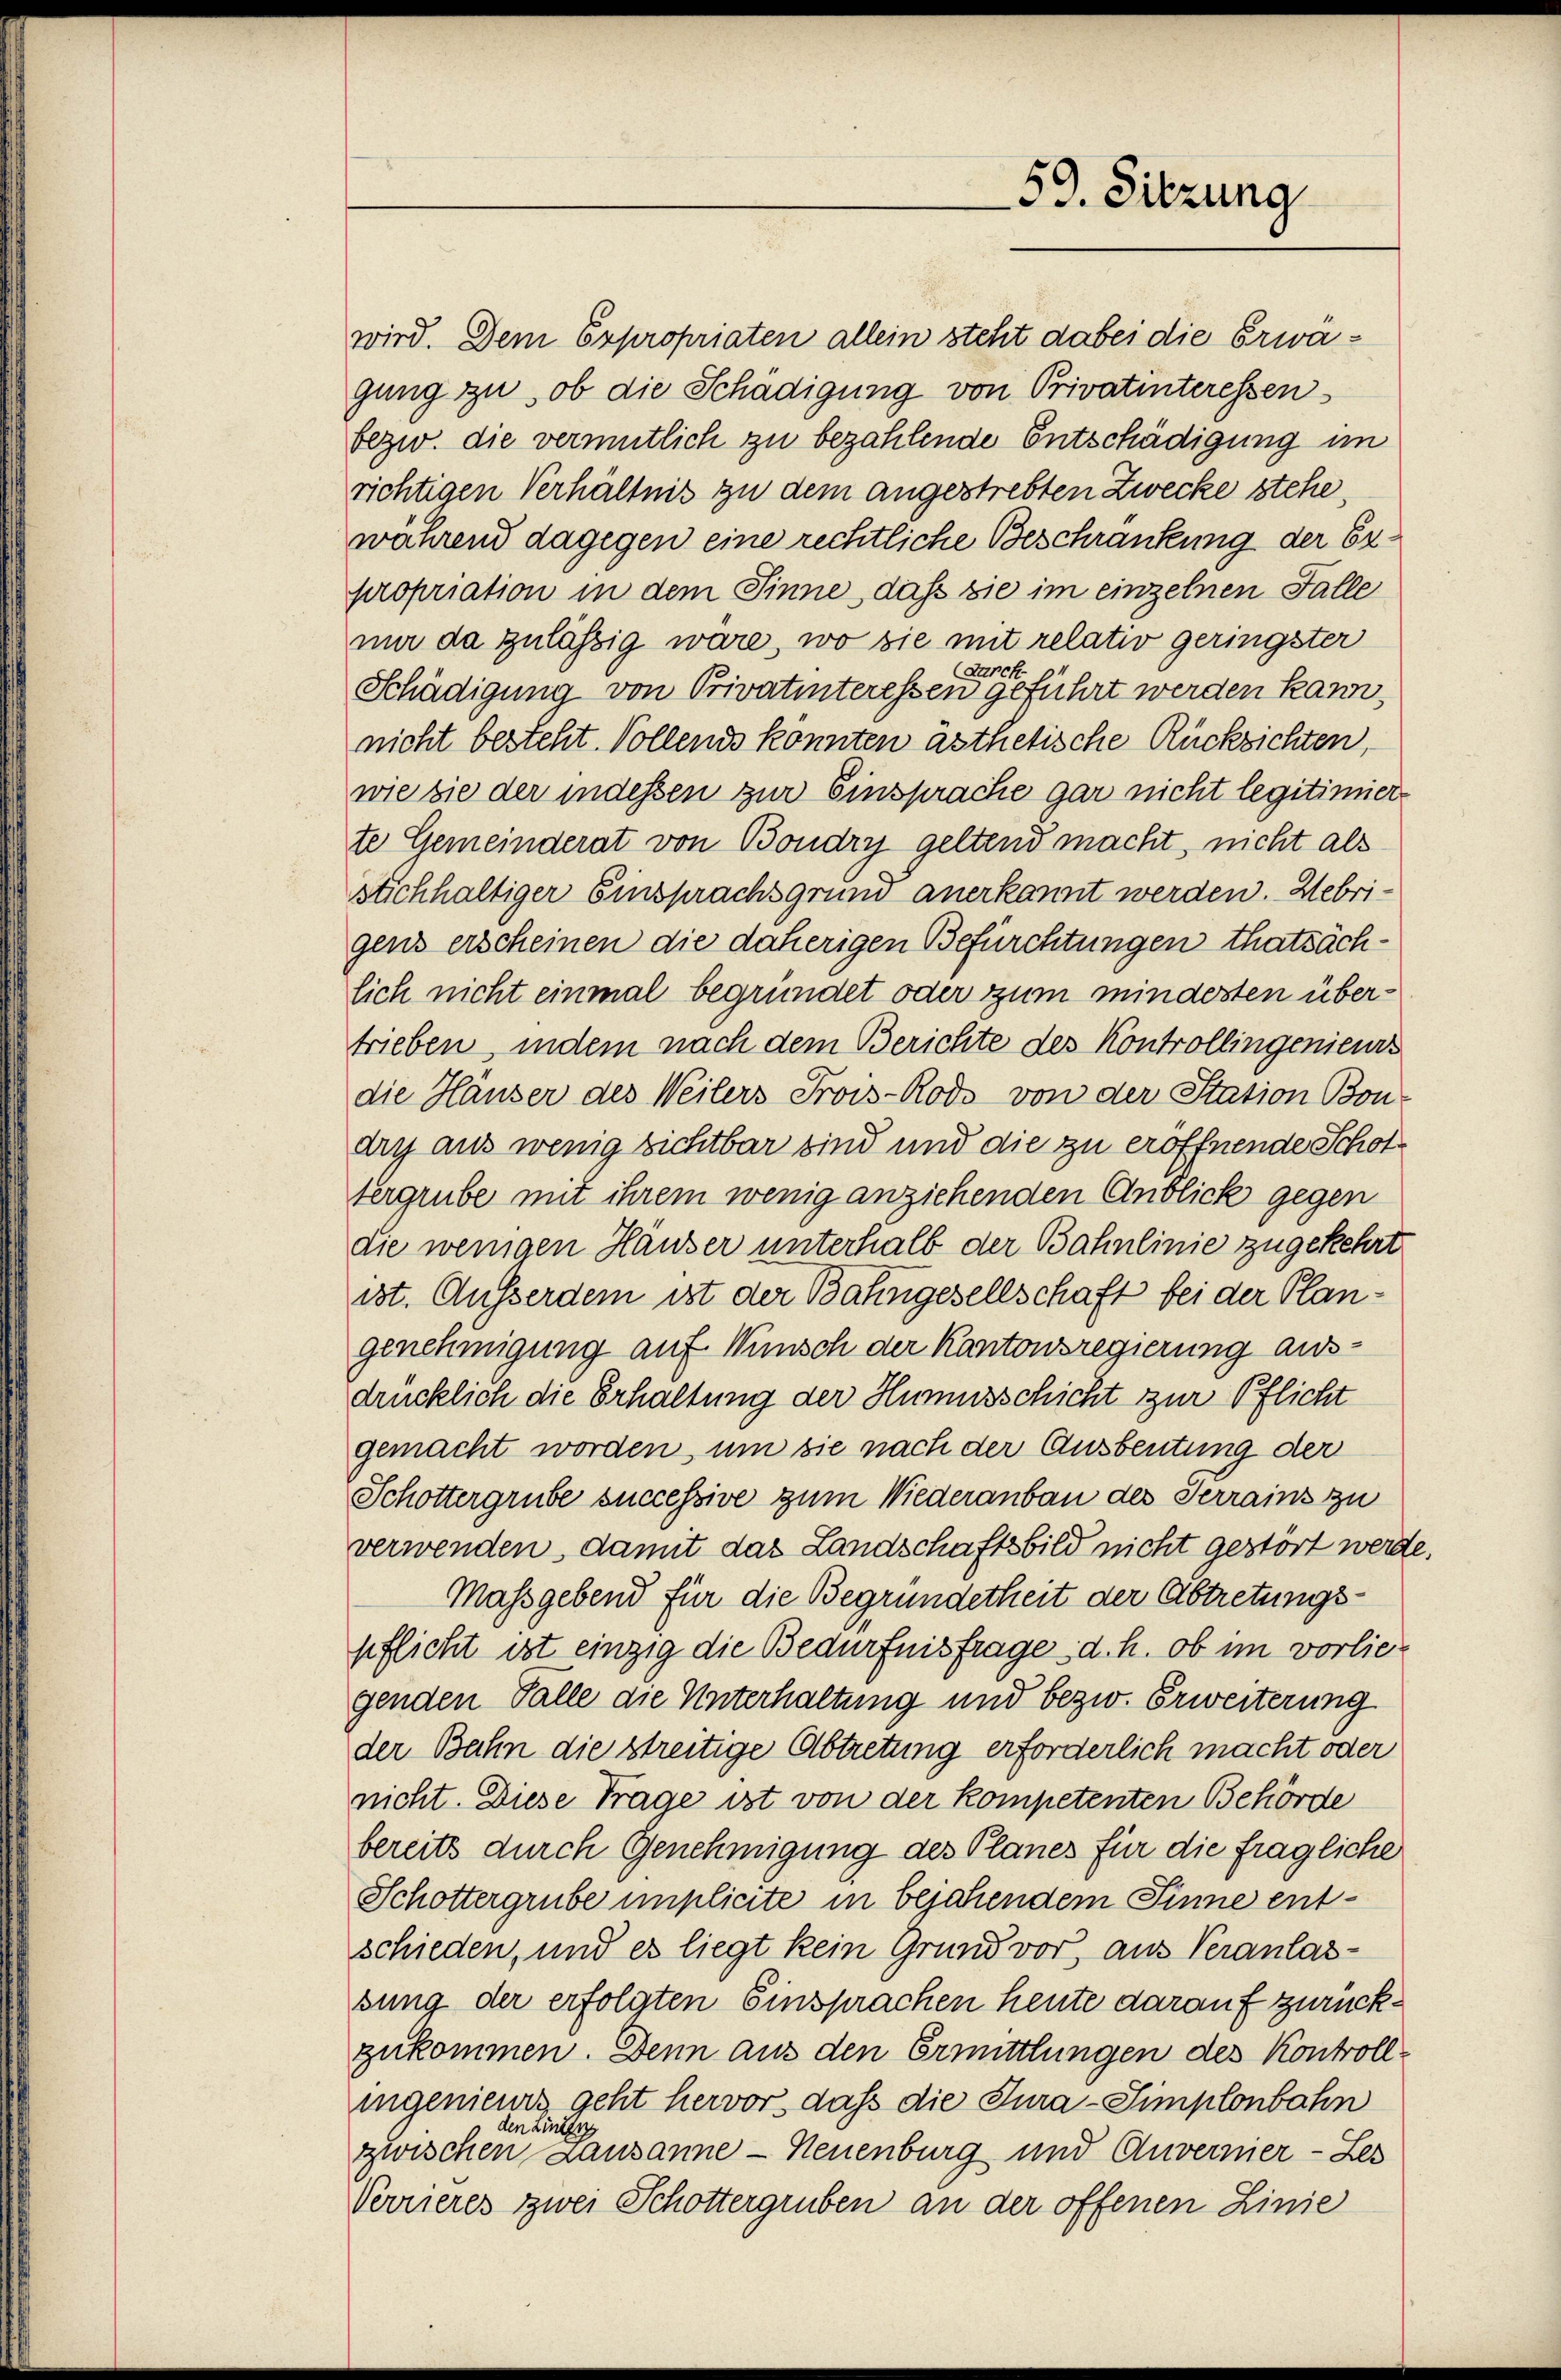
59. Sitzung

wird. Dem Expropriaten allein steht dabei die Erwägung zu, ob die Schädigung von Privatinteressen
bezw. die vermutlich zu bezahlende Entschädigung im
richtigen Verhältnis zu dem angestrebten Zwecke stehe,
während dagegen eine rechtliche Beschränkung der Expropriation in dem Sinne, daß sie im einzelnen Falle
nir da zulässig wäre, wo sie mit relativ geringster
(Turck
Schädigung von Privatinteressen geführt werden kann,
nicht besteht. Vollends konnten ästhetische Rücksichten,
wie sie der indessen zur Einsprache gar nicht legitimier
te Gemeinderat von Boudry geltend macht, nicht als
sachhaltiger Einsprachsgrund anerkannt werden. Hebrigens erscheinen die daherigen Befürchtungen thatsächlich nicht einmal begründet oder zum mindesten übertrieben, indem nach dem Berichte des Kontrollingenieurs
die Häuser des Weilers Prois-Rodo von der Station Bon-
diis aus wenig sichtbar sind und die zu eröffnende Schottergrube mit ihrem wenig anziehenden Anblick gegen
die wenigen Häuser unterhalb der Bahnlinie zugekehrt.
ist. Ausserdem ist der Bahngesellschaft bei der Plangenehmigung auf Wunsch der Kantonsregierung ausdrücklich die Erhaltung der Humursschicht zur Pflicht
gemacht worden, um sie nach der Ausbeutung der
Schottergrube successive zum Wiederanbau des Terrains zu
verwenden, damit das Landschaftsbild nicht gestört werde.
Massgebend für die Begründetheit der Abtretungspflicht ist einzig die Bedürfnisfrage, d. h. ob im vorliegenden Fälle die Unterhaltung und bezw. Erweiterung
der Bahn die streitige Abtretung erforderlich macht oder
nicht. Diese Trage ist von der kompetenten Behörde
bereits durch Genehmigung des Planes für die fragliche
Schottergrube implicite in bejahendem Sinne entschieden, und es liegt kein Grund vor, aus Veranlassung der erfolgten Einsprachen heute darauf zurückzukommen. Denn aus den Ermittlungen des Kontrollingenieurs geht hervor, daß die Tura-Simplonbahn
den Linden
zwischen Lausanne - Neuenburg und Anvernier-Les
Verrieres zwei Schottergruben an der offenen Linie